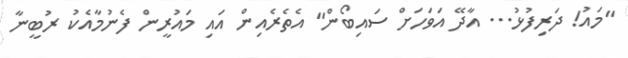
"މައު! ދަރިފުޅު... އާދޭ އަވަހަށް ސައިބޯން" އެތެރެއިން އައި މައުރީން ފެނުމާއެކު ރުބީނާ